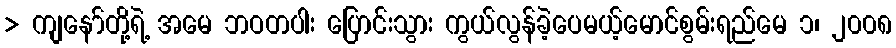
> ကျနော်တို့ရဲ့ အမေ ဘဝတပါး ပြောင်းသွား ကွယ်လွန်ခဲ့ပေမယ့်မောင်စွမ်းရည်မေ ၁၊ ၂၀၀၈